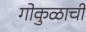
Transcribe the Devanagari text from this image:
गोकुळाची